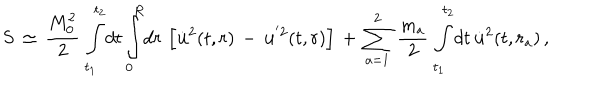
LaTeX: S \, \simeq \, \frac { M _ { 0 } ^ { 2 } } { 2 } \, \int _ { t _ { 1 } } ^ { t _ { 2 } } \! d t \int _ { 0 } ^ { R } \! d r \, \left[ \dot { \bf { u } } ^ { 2 } ( t , r ) \, - \, { \bf { u } } ^ { ' 2 } ( t , r ) \right] \, + \, \sum _ { a = 1 } ^ { 2 } \, \frac { m _ { a } } { 2 } \, \int _ { t _ { 1 } } ^ { t _ { 2 } } \! d t \, \dot { \bf { u } } ^ { 2 } ( t , r _ { a } ) \, { , }